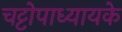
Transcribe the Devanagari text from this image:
चट्टोपाध्यायके